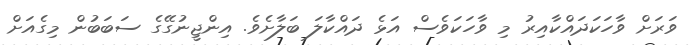
ވަރަށް ވާހަކަދައްކާއިރު މި ވާހަކަވެސް އަޅެ ދައްކާލަ ބަލާށެވެ. އިންޖީނުގޭގެ ސަބަބުން މިގެއަށް